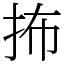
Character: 抪